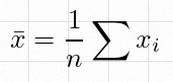
\bar{x}=\frac1n\sum x_i